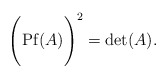
\begin{align*}\Biggl( {\rm Pf}(A) \Biggr)^{2} = {\rm det}(A).\end{align*}